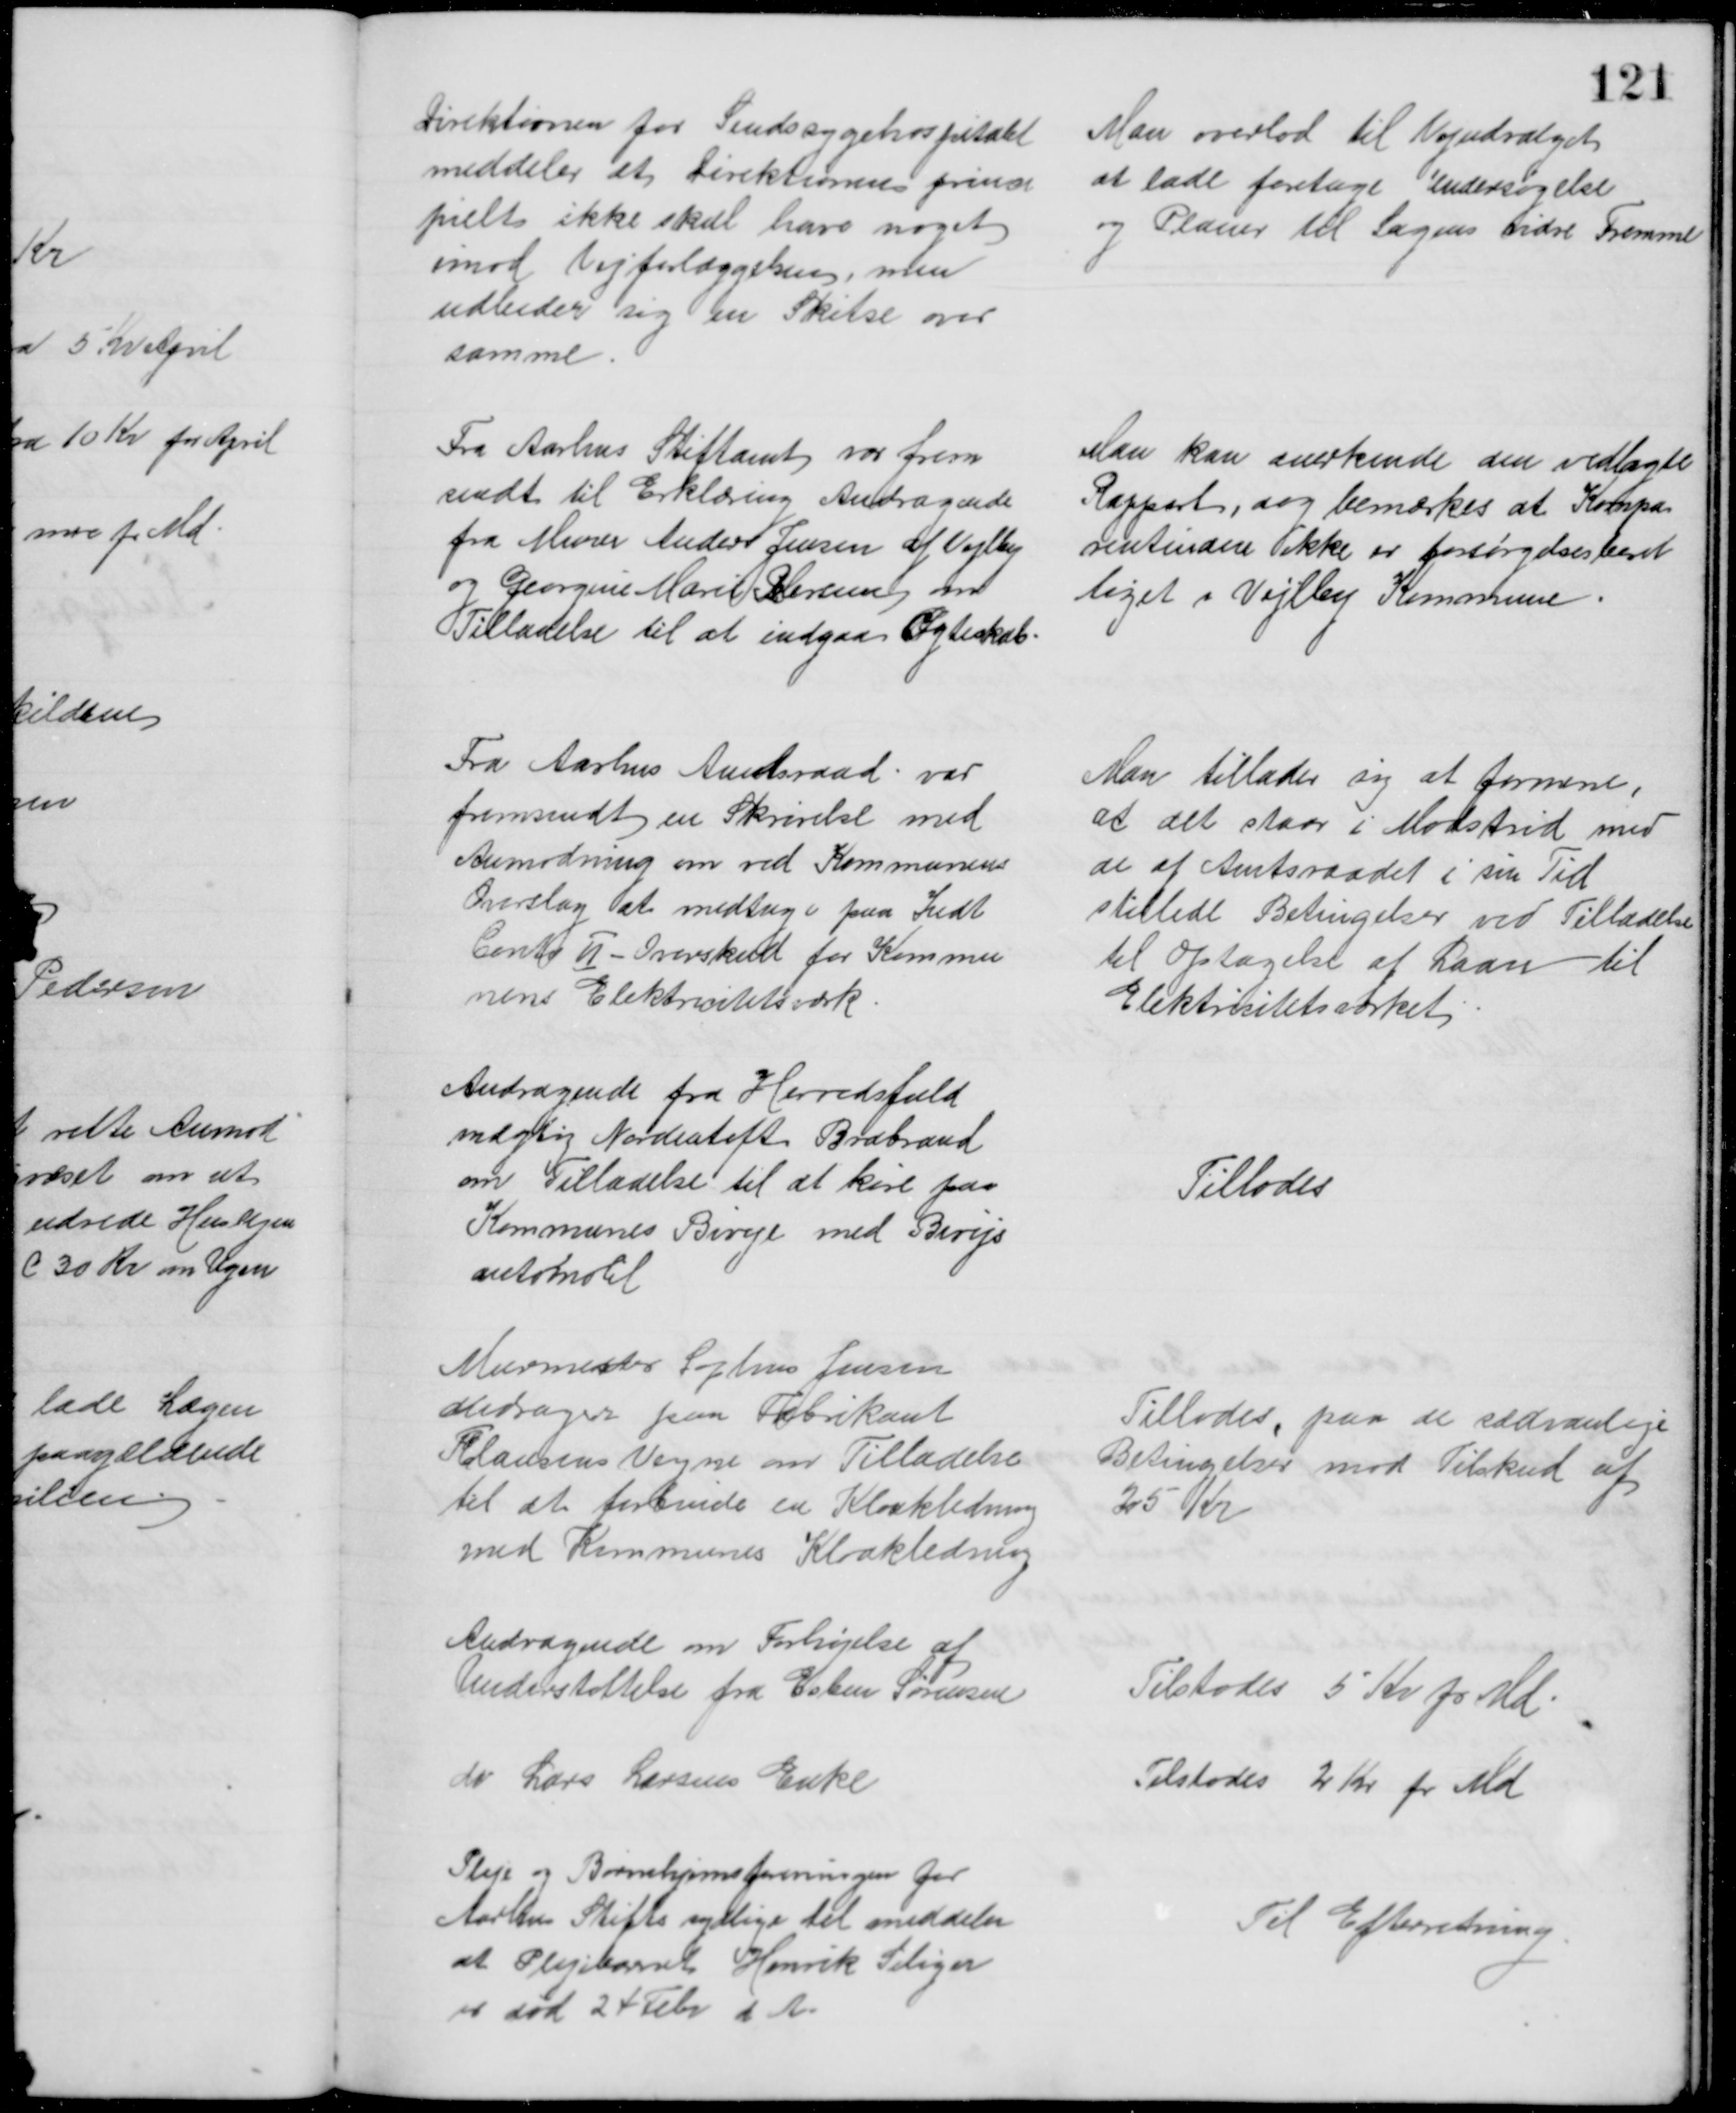
Transskription:
Direktionen for Sindssygehospitalet
meddeler at direktionen princi
pielt ikke skal have noget
imod Vejforlæggelsen, men
udbeder sig en Skitse over
samme.
Man overlod til Vejudvalget
at lade foretage Undersøgelse
og Planer til Sagens vidre Fremme
Fra Aarhus Stiftamt var frem
sendt til Erklæring Andragende
fra Murer Anders Jensen af Vejlby
og Georgine Marie Pedersen om
Tilladelse til at indgaa Ægteskab
Man kan anerkende den vedlagte
Rapport, dog bemærkes at Kompa
rentinden ikke er forsørgelsesberet
tiget i Vejlby Kommune.
Fra Aarhus Amtsraad var
fremsendt en Skrivelse med 
Anmodning om ved Kommunens
Overslag at medtage paa Indt
Conto II - Overskud for Kommu
nens Elektricitetsværk
Man tillader sig at formene
at det staar i Modstrid med
de af Amtsraadet i sin Tid
stillede Betingelser ved Tilladelse
til Optagelse af Laan til 
Elektricitetsværket
Andragende fra Herredsfuld
mægtig Nordentoft Brabrand
om Tilladelse til at køre paa
Kommunes Biveje med Bivejs
automobil
Tillodes
Murmester Sophus Jensen
andrager paa Fabrikant
F Clausens Vegne om Tilladelse
til at forbinde en Kloakledning
med Kommunes Kloakledning
Tillodes, paa de sædvanlige
Betingelser mod Tilskud af
25 Kr
Andragende om Forhøjelse af
Understøttelse fra Esben Sørensen
Tilstodes 5 Kr pr Md
do Lars Larsens Enke
Tilstodes 2 Kr pr Md
Pleje og Børnehjemsforeningen for
Aarhus Stifts sydlige Del meddeler
at Plejebarnet Henrik Seliger
er død 24 Febr. d. A.
Til Efterretning.